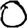
Digit: 0